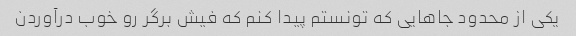
یکی از محدود جاهایی که تونستم پیدا کنم که فیش برگر رو خوب درآوردن